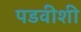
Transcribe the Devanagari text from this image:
पडवीशी